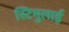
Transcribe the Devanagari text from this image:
स्टिमुलाई